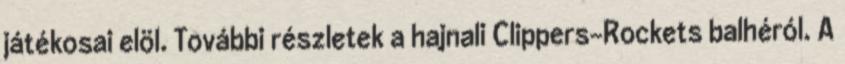
játékosai elöl. További részletek a hajnali Clippers-Rockets balhéról. A